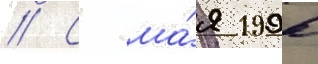
// С ма́я 1996